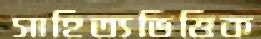
সাহিত্যভিত্তিক